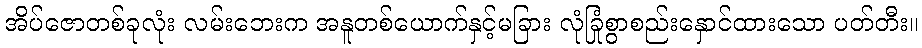
အိပ်ဇောတစ်ခုလုံး လမ်းဘေးက အနူတစ်ယောက်နှင့်မခြား လုံခြုံစွာစည်းနှောင်ထားသော ပတ်တီး။